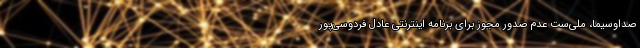
صداوسیما، ملی‌ست عدم صدور مجوز برای برنامه اینترنتی عادل فردوسی‌پور